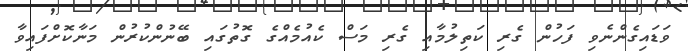
ވަޑައިގެންނެވި ފަހުން ގެރި ކަތިލުމާއި ގެރި މަސް ކެއުމެއްގެ ގޮތުގައި ބޭނުންކުރުން މަނާކޮށްފައިވާ